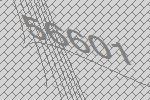
56601